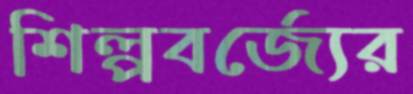
শিল্পবর্জ্যের